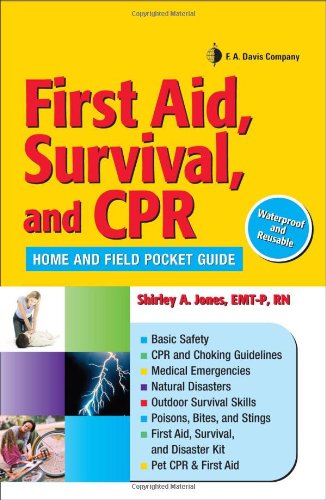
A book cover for First Aid, Survival, and CPR: Home and Field Pocket Guide; Shirley A. Jones; Medical Books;